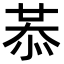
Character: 𢚈